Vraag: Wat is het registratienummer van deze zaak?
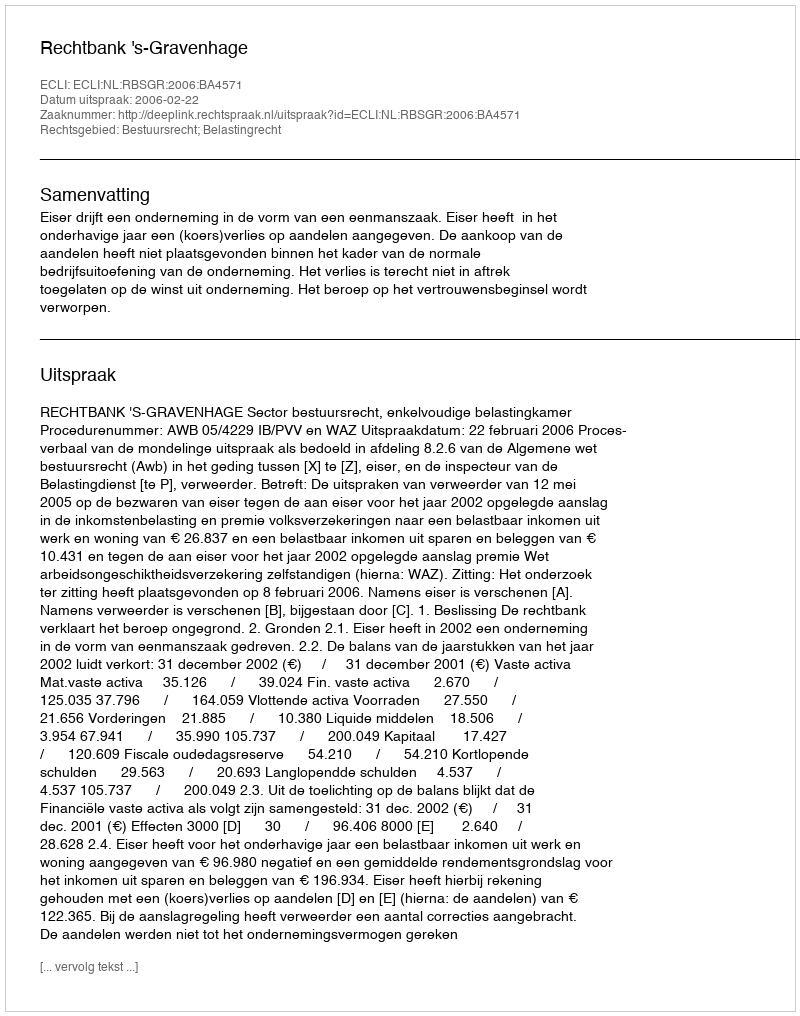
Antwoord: http://deeplink.rechtspraak.nl/uitspraak?id=ECLI:NL:RBSGR:2006:BA4571